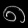
Digit: ၈